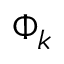
\Phi _ { k }